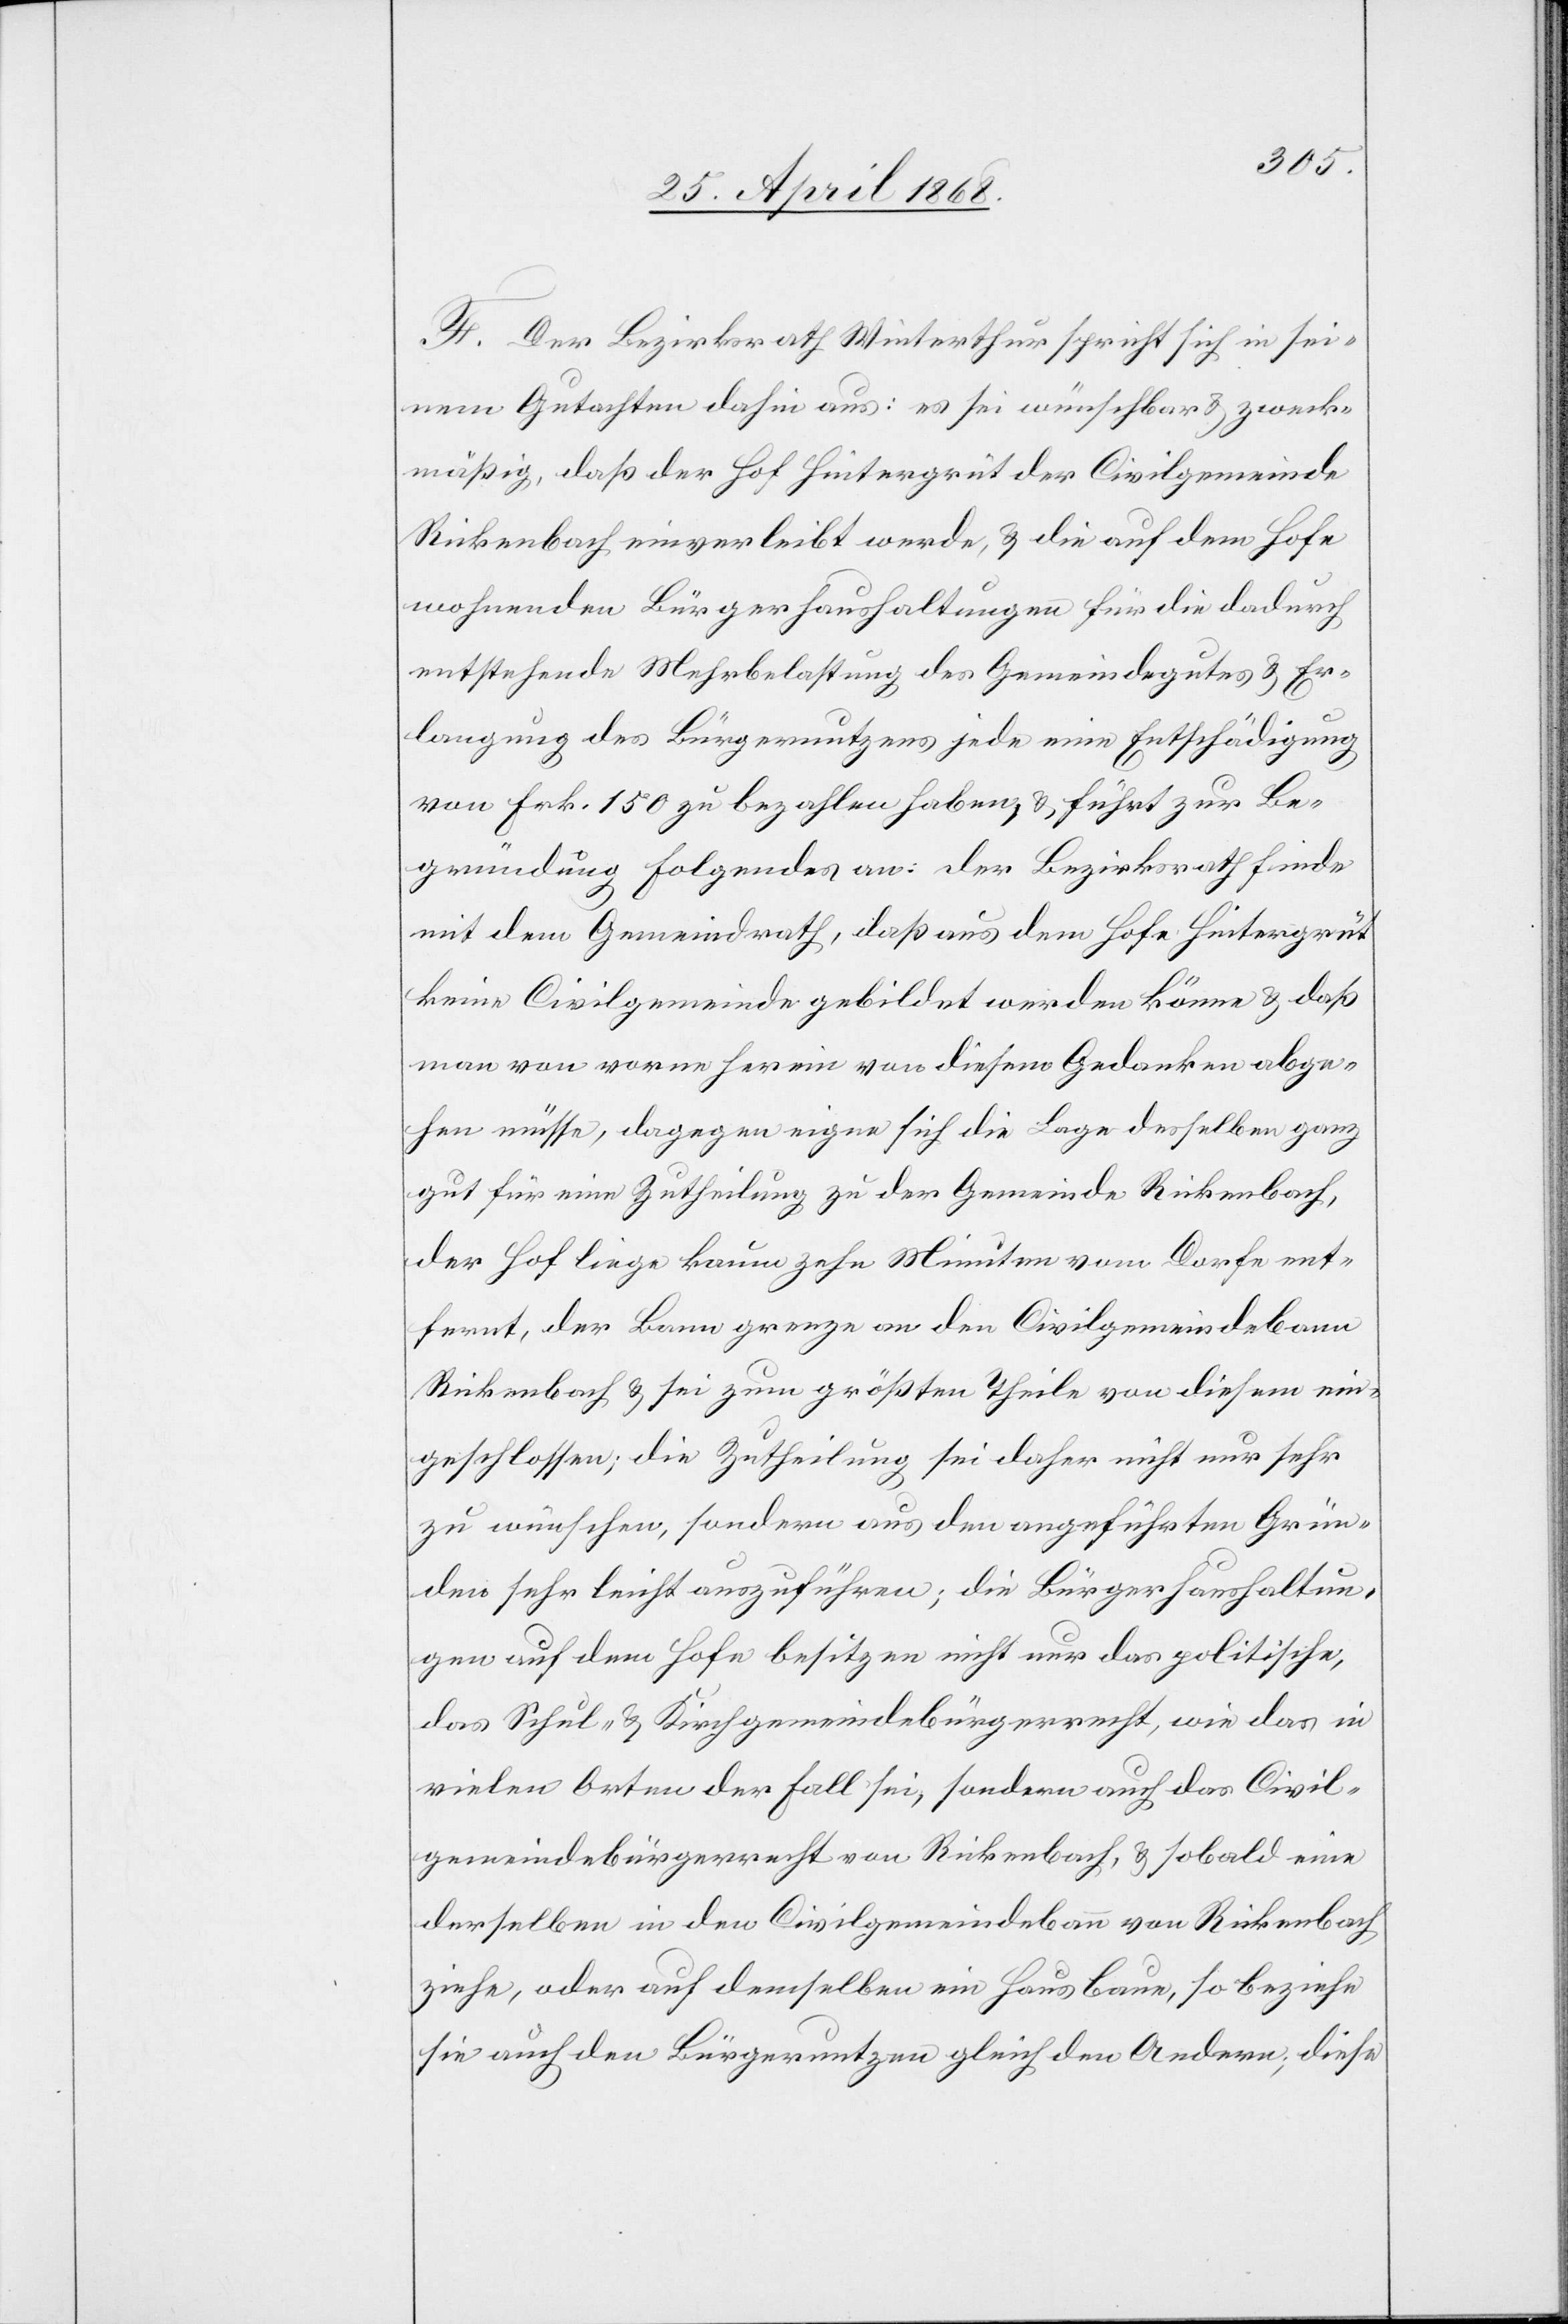
F. Der Bezirksrath Winterthur spricht sich in sei¬
nem Gutachten dahin aus: es sei wünschbar & zweck¬
mäßig, daß der Hof Hintergrüt der Civilgemeinde
Rickenbach einverleibt werde, & die auf dem Hofe
wohnenden Bürgerhaushaltungen für die dadurch
entstehende Mehrbelastung des Gemeindegutes & Er¬
langung des Bürgernutzens jede eine Entschädigung
von Frk. 150 zu bezahlen haben, & führt zur Be¬
gründung Folgendes an: der Bezirksrath finde
mit dem Gemeindrath, daß aus dem Hofe Hintergrüt
keine Civilgemeinde gebildet werden könne & daß
man von vorne herein von diesem Gedanken abge¬
hen müsse, dagegen eigne sich die Lage desselben ganz
gut für eine Zutheilung zu der Gemeinde Rickenbach,
der Hof liege kaum zehn Minuten vom Dorfe ent¬
fernt, der Bann grenze an den Civilgemeindebann
Rickenbach & sei zum größten Theile von diesem ein¬
geschlossen; die Zutheilung sei daher nicht nur sehr
zu wünschen, sondern aus den angeführten Grün¬
den sehr leicht auszuführen; die Bürgerhaushaltun¬
gen auf dem Hofe besitzen nicht nur das politische,
das Schul- & Kirchgemeindebürgerrecht, wie das in
vielen Orten der Fall sei, sondern auch das Civil¬
gemeindebürgerrecht von Rickenbach, & sobald eine
derselben in den Civilgemeindebann von Rickenbach
ziehe, oder auf demselben ein Haus baue, so beziehe
sie auch den Bürgernutzen gleich den Andern; diese